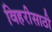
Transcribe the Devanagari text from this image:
विहरीसाठी